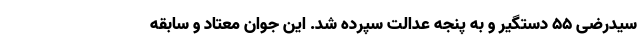
سیدرضی ۵۵ دستگیر و به پنجه عدالت سپرده شد. این جوان معتاد و سابقه